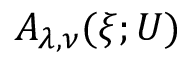
A _ { \lambda , \nu } ( \xi ; U )